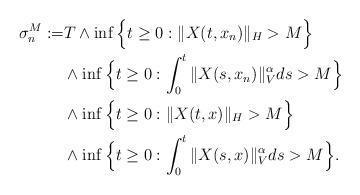
LaTeX: \begin{align*}\sigma_{n}^M := & T\wedge \inf\Big\{t\geq 0: \Vert X(t, x_n)\Vert_H> M \Big\} \\ & \wedge\inf\Big\{t\geq 0: \int_0^t\Vert X(s, x_n)\Vert_{V}^{\alpha}ds >M\Big\} \\ & \wedge \inf\Big\{t\geq 0: \Vert X(t, x)\Vert_H> M \Big\} \\ & \wedge\inf\Big\{t\geq 0: \int_0^t\Vert X(s, x)\Vert_{V}^{\alpha}ds >M\Big\} .\end{align*}